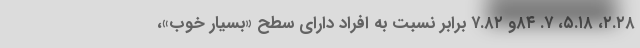
۲.۲۸، ۵.۱۸، ۷. ۸۴و ۷.۸۲ برابر نسبت به افراد دارای سطح «بسیار خوب»،